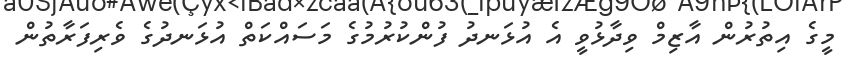
މީގެ އިތުރުން އާޒިމް ވިދާޅުވީ އެ އުޅަނދު ފުންކުރުމުގެ މަސައްކަތް އުޅަނދުގެ ވެރިފަރާތުން